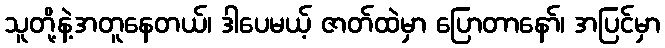
သူတို့နဲ့အတူနေတယ်၊ ဒါပေမယ့် ဇာတ်ထဲမှာ ပြောတာနော်၊ အပြင်မှာ